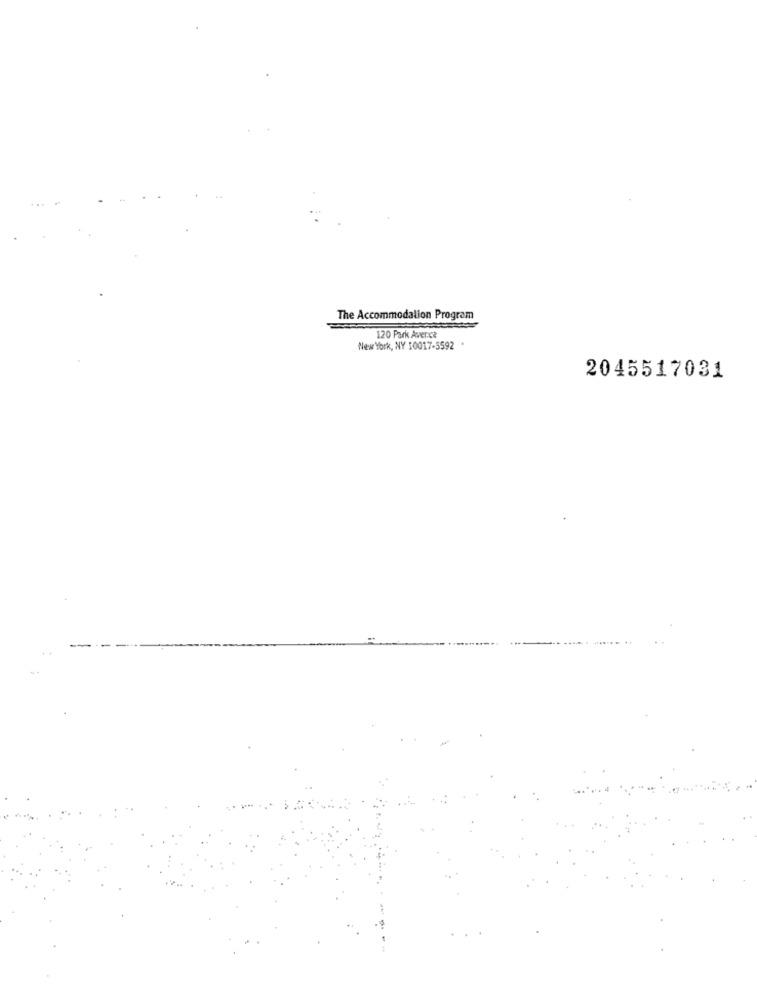
The Accommodation Program
120 Park Aver.ca
New York, NY 10017-5592 .
2045517031